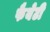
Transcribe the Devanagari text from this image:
फैयेटी